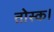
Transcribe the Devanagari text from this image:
तोस्क।